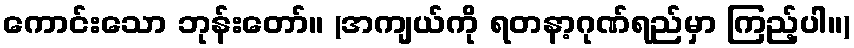
ကောင်းသော ဘုန်းတော်။ (အကျယ်ကို ရတနာ့ဂုဏ်ရည်မှာ ကြည့်ပါ။)